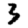
Digit: 3